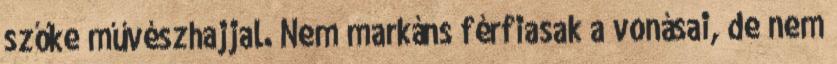
szőke művészhajjal. Nem markáns férfiasak a vonásai, de nem